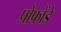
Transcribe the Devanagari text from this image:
प्रोफोंडे